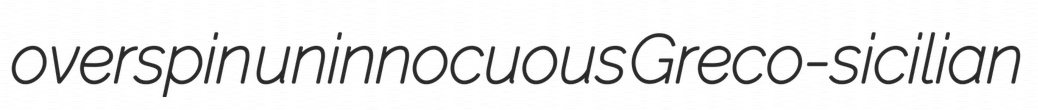
overspin uninnocuous Greco-sicilian